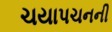
ચયાપચનની